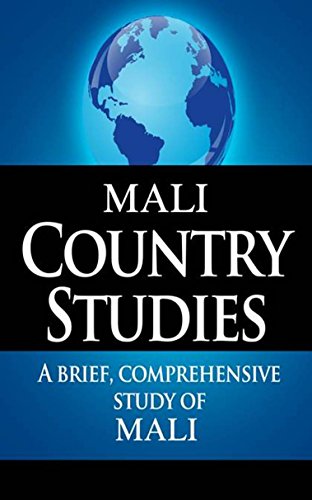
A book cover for MALI Country Studies: A brief, comprehensive study of Mali; CIA; Travel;